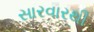
સારવારથી